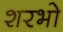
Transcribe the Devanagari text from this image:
शरभो